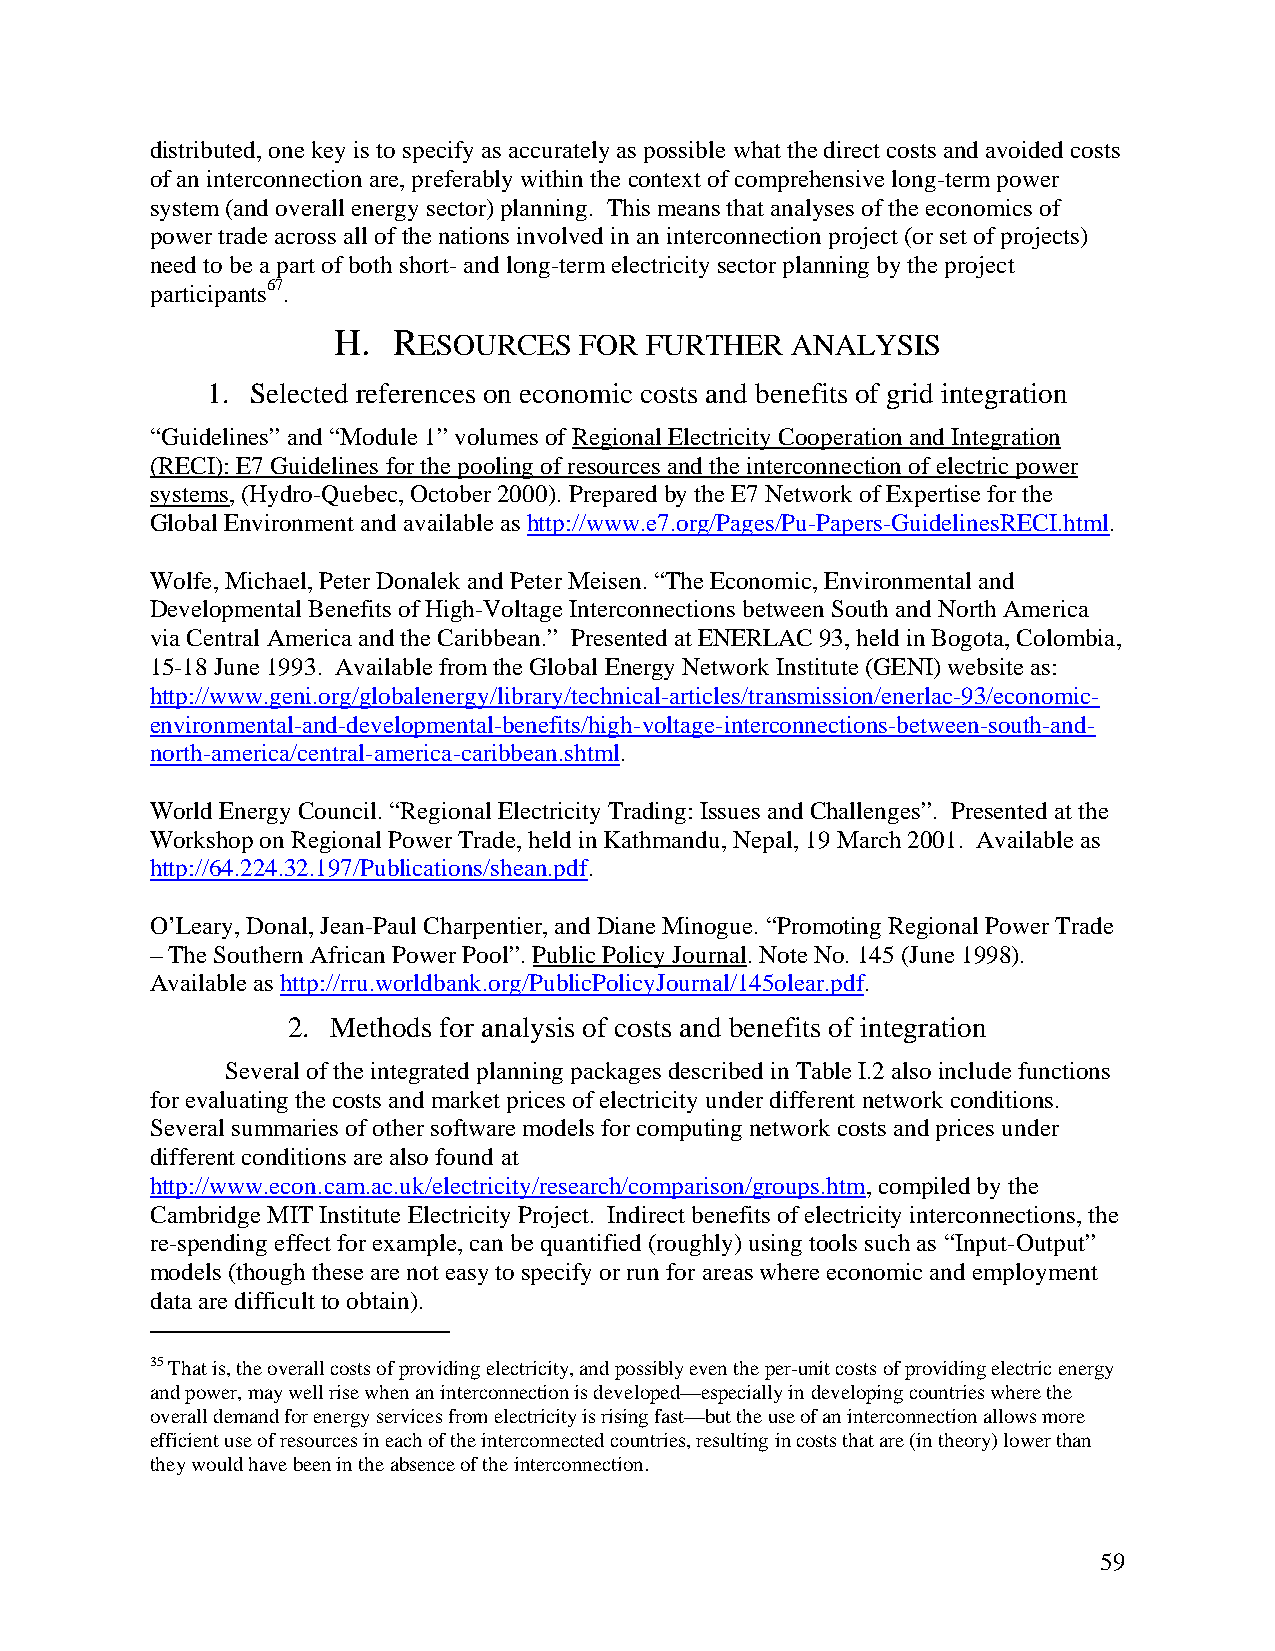
distributed, one key is to specify as accurately as possible what the direct costs and avoided costs
 of an interconnection are, preferably within the context of comprehensive long-term power
 system (and overall energy sector) planning. This means that analyses of the economics of
 power trade across all of the nations involved in an interconnection project (or set of projects)
 need to be a part of both short- and long-term electricity sector planning by the project
 participants67.
 H.  RESOURCES   FOR  FURTHER  ANALYSIS
 1. Selected references on economic costs and benefits of grid integration
 “Guidelines” and “Module 1” volumes of Regional Electricity Cooperation and Integration
 (RECI): E7 Guidelines for the pooling of resources and the interconnection of electric power
 systems, (Hydro-Quebec, October 2000). Prepared by the E7 Network of Expertise for the
 Global Environment and available as http://www.e7.org/Pages/Pu-Papers-GuidelinesRECI.html.
 Wolfe, Michael, Peter Donalek and Peter Meisen. “The Economic, Environmental and
 Developmental Benefits of High-Voltage Interconnections between South and North America
 via Central America and the Caribbean.” Presented at ENERLAC 93, held in Bogota, Colombia,
 15-18 June 1993. Available from the Global Energy Network Institute (GENI) website as:
 http://www.geni.org/globalenergy/library/technical-articles/transmission/enerlac-93/economic-
 environmental-and-developmental-benefits/high-voltage-interconnections-between-south-and-
 north-america/central-america-caribbean.shtml.
 World Energy Council. “Regional Electricity Trading: Issues and Challenges”. Presented at the
 Workshop on Regional Power Trade, held in Kathmandu, Nepal, 19 March 2001. Available as
 http://64.224.32.197/Publications/shean.pdf.
 O’Leary, Donal, Jean-Paul Charpentier, and Diane Minogue. “Promoting Regional Power Trade
 – The Southern African Power Pool”. Public Policy Journal. Note No. 145 (June 1998).
 Available as http://rru.worldbank.org/PublicPolicyJournal/145olear.pdf.
 2. Methods for analysis of costs and benefits of integration
 Several of the integrated planning packages described in Table I.2 also include functions
 for evaluating the costs and market prices of electricity under different network conditions.
 Several summaries of other software models for computing network costs and prices under
 different conditions are also found at
 http://www.econ.cam.ac.uk/electricity/research/comparison/groups.htm, compiled by the
 Cambridge MIT Institute Electricity Project. Indirect benefits of electricity interconnections, the
 re-spending effect for example, can be quantified (roughly) using tools such as “Input-Output”
 models (though these are not easy to specify or run for areas where economic and employment
 data are difficult to obtain).
 35 That is, the overall costs of providing electricity, and possibly even the per-unit costs of providing electric energy
 and power, may well rise when an interconnection is developed—especially in developing countries where the
 overall demand for energy services from electricity is rising fast—but the use of an interconnection allows more
 efficient use of resources in each of the interconnected countries, resulting in costs that are (in theory) lower than
 they would have been in the absence of the interconnection.
 59